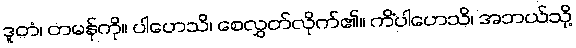
ဒူတံ၊ တမန်ကို။ ပါဟေသိ၊ စေလွှတ်လိုက်၏။ ကိံပါဟေသိ၊ အဘယ်သို့